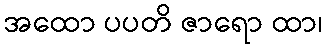
အထော ပပတိ ဇာရော ထာ၊